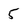
Character: 5